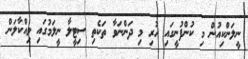
ނީލަންކިއުން މި ކުންފުނީގައި ހުރި މި ދަންނަވާ ތަކެތި ސިޓީލާ ނީލަމުގައި ވިއްކާލަން